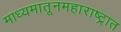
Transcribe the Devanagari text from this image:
माध्यमातूनमहाराष्ट्रात